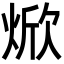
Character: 焮